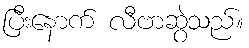
ပြီးနောက် လီဗာဆွဲသည်။